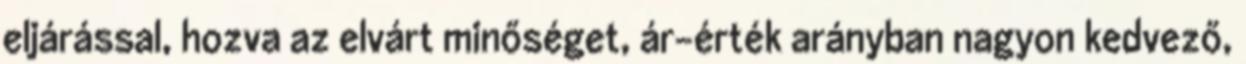
eljárással, hozva az elvárt minőséget, ár-érték arányban nagyon kedvező,